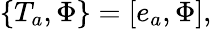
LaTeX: \{ T_{a},\Phi\} =[e_{a},\Phi],